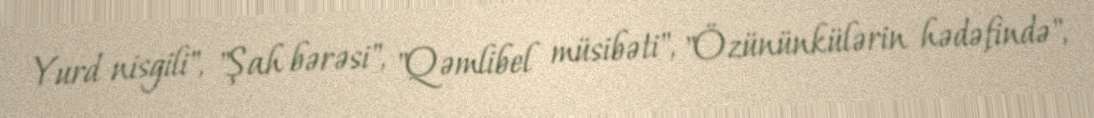
Yurd nisgili", "Şah bərəsi", "Qəmlibel müsibəti", "Özününkülərin hədəfində",